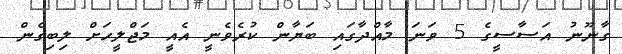
ގާނޫނު އަސާސީގެ 5 ވަނަ މާއްދާގައި ބަޔާން ކުރެވެނީ އެއީ މަޖްލީހަށް ލިބިގެން